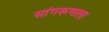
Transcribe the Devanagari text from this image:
सांगरूणला